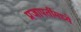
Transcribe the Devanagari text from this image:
प्रजापतींमध्ये